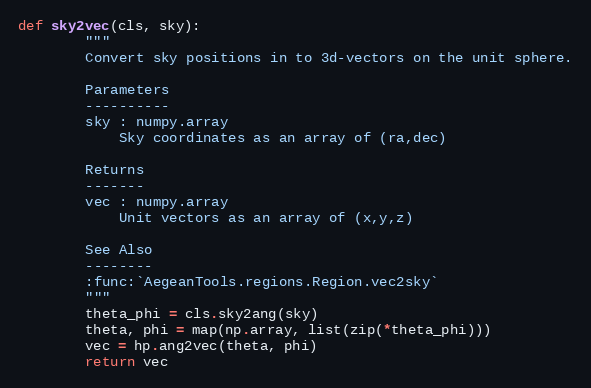
Language: Python
def sky2vec(cls, sky):
        """
        Convert sky positions in to 3d-vectors on the unit sphere.

        Parameters
        ----------
        sky : numpy.array
            Sky coordinates as an array of (ra,dec)

        Returns
        -------
        vec : numpy.array
            Unit vectors as an array of (x,y,z)

        See Also
        --------
        :func:`AegeanTools.regions.Region.vec2sky`
        """
        theta_phi = cls.sky2ang(sky)
        theta, phi = map(np.array, list(zip(*theta_phi)))
        vec = hp.ang2vec(theta, phi)
        return vec